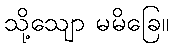
သို့သျော မမိခြေ။